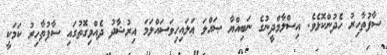
ސާފުތާހިރު ހެދުންކޮޅެވެ. އިސްލާމްދީނުގެ ނަބިއްޔާ ޞައްލަ ޢަލައިހިވަސައްލަމަ އިރުޝާދު ދެއްވިގޮތުގައި ސާފުތާހިރު ކަމަކީ